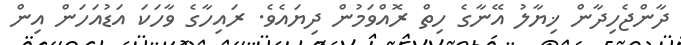
ދާންޖެހިދާން ޚިޔާލު އޭނާގެ ހިތް ރޮއްވަމުން ދިޔައެވެ. ރައިހާގެ ވާހަކަ އަޑުއަހަން އިން